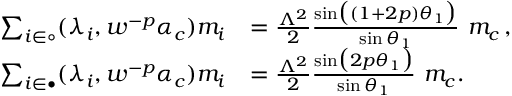
\begin{array} { r l } { \sum _ { i \in \circ } ( \lambda _ { i } , w ^ { - p } \alpha _ { c } ) m _ { i } } & { = \frac { \Lambda ^ { 2 } } { 2 } \frac { \sin \bigl ( ( 1 + 2 p ) \theta _ { 1 } \bigr ) } { \sin \theta _ { 1 } } \ m _ { c } \, , } \\ { \sum _ { i \in \bullet } ( \lambda _ { i } , w ^ { - p } \alpha _ { c } ) m _ { i } } & { = \frac { \Lambda ^ { 2 } } { 2 } \frac { \sin \bigl ( 2 p \theta _ { 1 } \bigr ) } { \sin \theta _ { 1 } } \ m _ { c } . } \end{array}